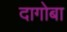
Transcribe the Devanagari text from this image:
दागोबा